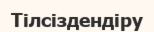
Тілсіздендіру